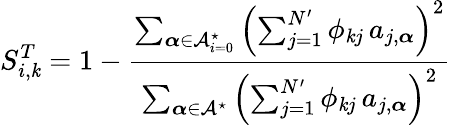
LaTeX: S_{i,\mathit{k}}^{T}=1-\frac{{\sum_{\boldsymbol{\alpha}\in\mathcal{{A}}_{i=0}^{\star}}\left(\sum_{j=1}^{N^{\prime}}\phi_{\mathit{k}j}\, a_{j,\boldsymbol{\alpha}}\right)^{2}}}{{\sum_{\boldsymbol{\alpha}\in\mathcal{{A}}^{\star}}\left(\sum_{j=1}^{N^{\prime}}\phi_{\mathit{k}j}\, a_{j,\boldsymbol{\alpha}}\right)^{2}}}